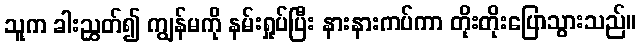
သူက ခါးညွှတ်၍ ကျွန်မကို နမ်းရှုပ်ပြီး နားနားကပ်ကာ တိုးတိုးပြောသွားသည်။